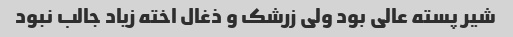
شیر پسته عالی بود ولی زرشک و ذغال اخته زیاد جالب نبود